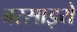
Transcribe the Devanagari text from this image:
बरसाइये